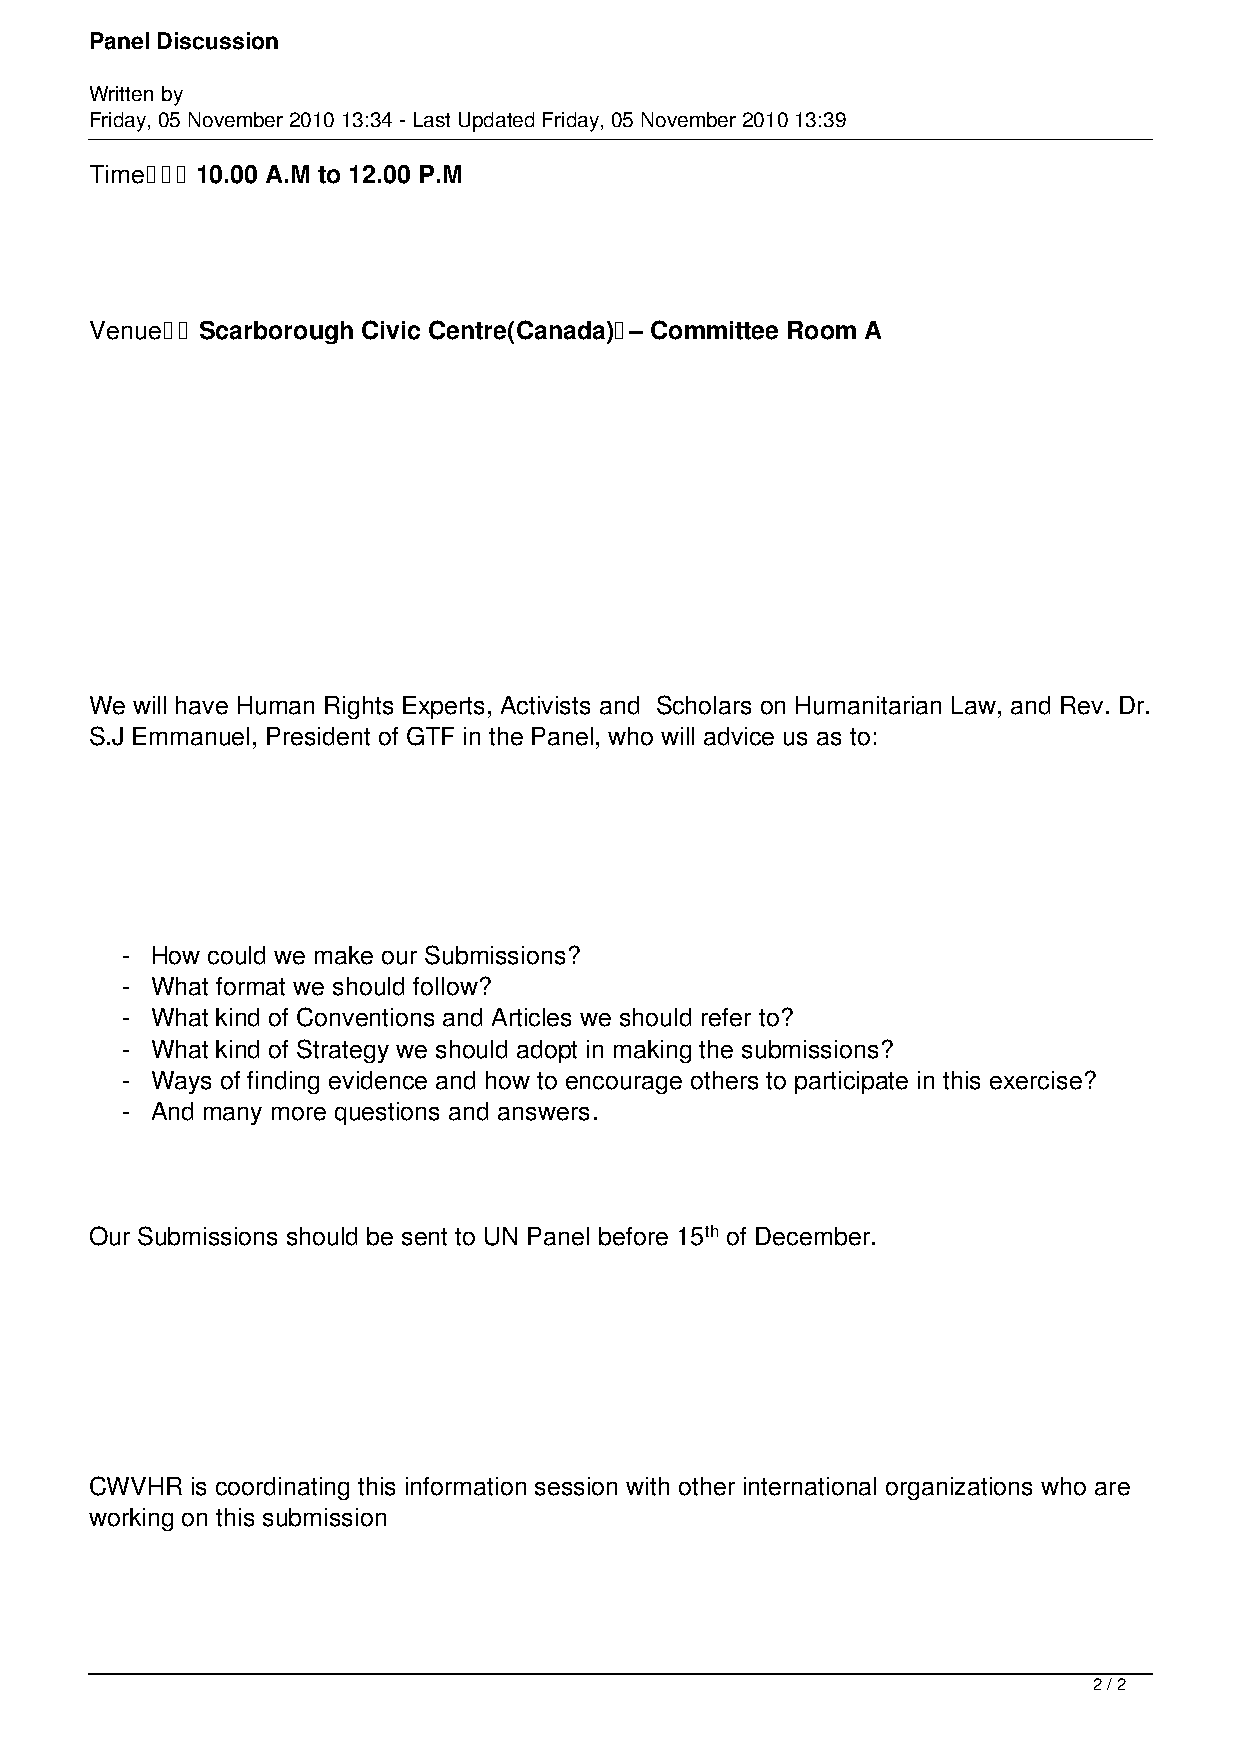
Panel Discussion
 Written by
 Friday, 05 November 2010 13:34 - Last Updated Friday, 05 November 2010 13:39
 Time   10.00 A.M to 12.00 P.M
 Venue  Scarborough Civic Centre(Canada) – Committee Room A
 We will have Human Rights Experts, Activists and Scholars on Humanitarian Law, and Rev. Dr.
 S.J Emmanuel, President of GTF in the Panel, who will advice us as to:
 - How could we make our Submissions?
 - What format we should follow?
 - What kind of Conventions and Articles we should refer to?
 - What kind of Strategy we should adopt in making the submissions?
 - Ways of finding evidence and how to encourage others to participate in this exercise?
 - And many more questions and answers.
 Our Submissions should be sent to UN Panel before 15th of December.
 CWVHR  is coordinating this information session with other international organizations who are
 working on this submission
 2 / 2